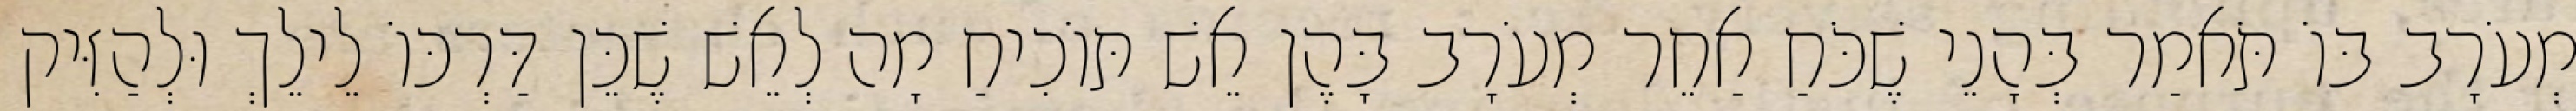
מְעֹרָב בּוֹ תֹּאמַר בְּהָנֵי שֶׁכֹּחַ אַחֵר מְעֹרָב בָּהֶן אֵשׁ תּוֹכִיחַ מָה לְאֵשׁ שֶׁכֵּן דַּרְכּוֹ לֵילֵךְ וּלְהַזִּיק